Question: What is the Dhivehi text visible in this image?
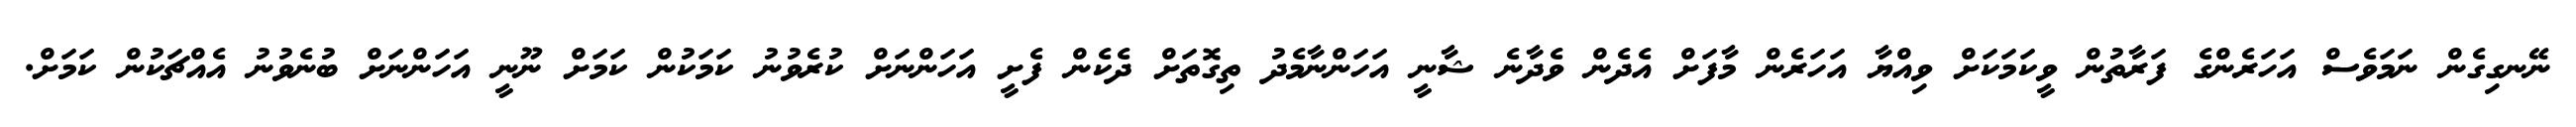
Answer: ނޭނގިގެން ނަމަވެސް އަހަރެންގެ ފަރާތުން ވީކަމަކަށް ވިއްޔާ އަހަރެން މާފަށް އެދެން ވެދާނެ ޝާނީ އަހަންނާމެދު ތިގޮތަށް ދެކެން ފެށީ އަހަންނަށް ކުރެވުނު ކަމަކުން ކަމަށް ނޫނީ އަހަންނަށް ބުނެވުނު އެއްޗަކުން ކަމަށް.